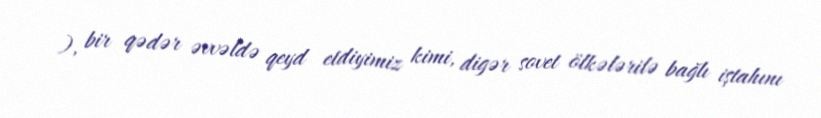
), bir qədər əvvəldə qeyd etdiyimiz kimi, digər sovet ölkələrilə bağlı iştahını